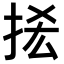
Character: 𢫿